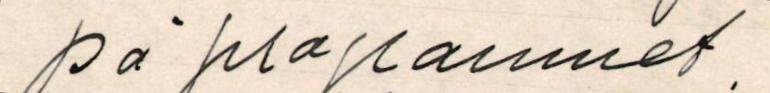
på programmet.